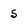
Character: 5